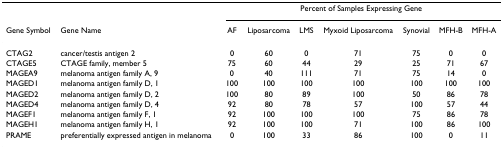
|  |  | <COLSPAN=7> Percent of Samples Expressing Gene |
 | Gene Symbol | Gene Name | AF | Liposarcoma | LMS | Myxoid Liposarcoma | Synovial | MFH-B | MFH-A |
 | --- | --- | --- | --- | --- | --- | --- | --- | --- |
 | CTAG2 | cancer/testis antigen 2 | 0 | 60 | 0 | 71 | 75 | 0 | 0 |
 | CTAGE5 | CTAGE family, member 5 | 75 | 60 | 44 | 29 | 25 | 71 | 67 |
 | MAGEA9 | melanoma antigen family A, 9 | 0 | 40 | 111 | 71 | 75 | 14 | 0 |
 | MAGED1 | melanoma antigen family D, 1 | 100 | 100 | 100 | 100 | 100 | 100 | 100 |
 | MAGED2 | melanoma antigen family D, 2 | 100 | 80 | 89 | 100 | 50 | 86 | 78 |
 | MAGED4 | melanoma antigen family D, 4 | 92 | 80 | 78 | 57 | 100 | 57 | 44 |
 | MAGEF1 | melanoma antigen family F, 1 | 92 | 100 | 100 | 100 | 75 | 86 | 78 |
 | MAGEH1 | melanoma antigen family H, 1 | 92 | 100 | 100 | 71 | 100 | 86 | 100 |
 | PRAME | preferentially expressed antigen in melanoma | 0 | 100 | 33 | 86 | 100 | 0 | 11 |